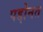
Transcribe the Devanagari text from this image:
पद्दोनत